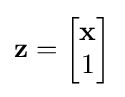
\mathbf {z} ={\begin{bmatrix}\mathbf {x} \\1\\\end{bmatrix}}